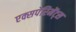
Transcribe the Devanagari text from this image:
एक्सपेरिमेंट्स